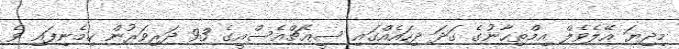
މިދިޔަ އޭލެވެލް އިމްތިހާނުގެ ގަދަ ދިހައެއްގައި ސީއެޗްއެސްއީގެ 93 ދަރިވަރުން ހިމެނިފައި ވެ